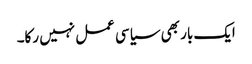
ایک بار بھی سیاسی عمل نہیں رکا۔